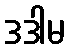
ဒဒါမ